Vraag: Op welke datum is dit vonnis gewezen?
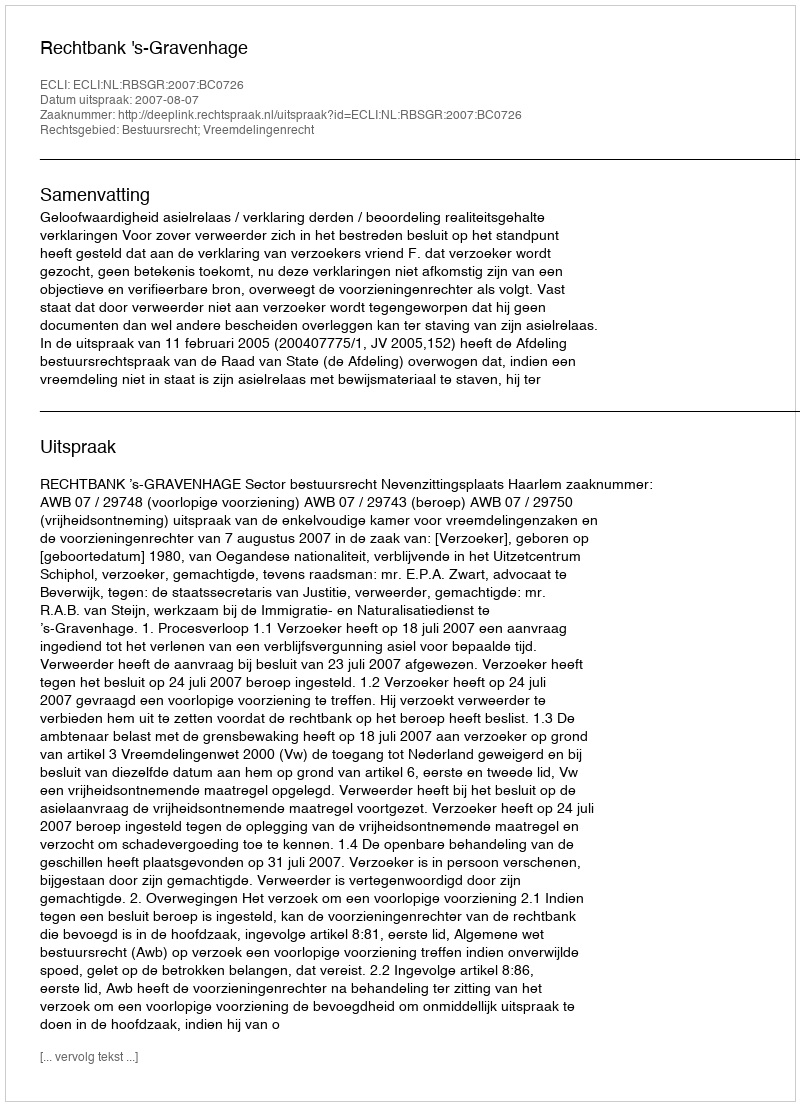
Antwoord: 2007-08-07